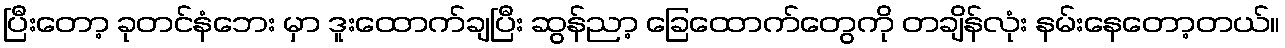
ပြီးတော့ ခုတင်နံဘေး မှာ ဒူးထောက်ချပြီး ဆွန်ညာ့ ခြေထောက်တွေကို တချိန်လုံး နမ်းနေတော့တယ်။